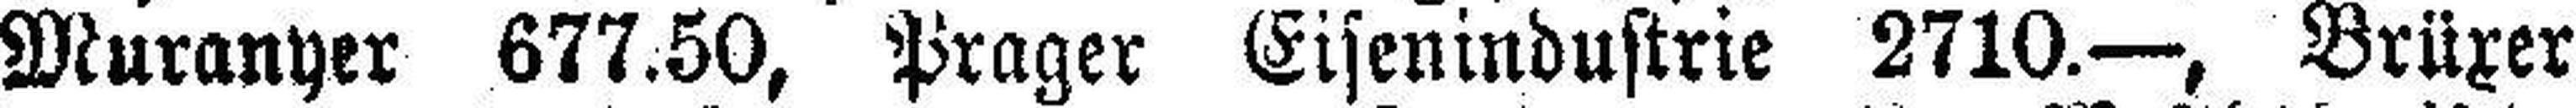
Muranyer 677.50, Prager Eisenindustrie 2710.—, Brüxer